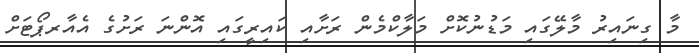
މާ ގިނައިރު މާލޭގައި މަޑުނުކޮށް މަލާކްމެން ރަށާއި ކައިރީގައި އޮންނަ ރަށުގެ އެއާރޕޯޓަށް